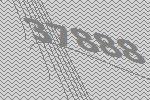
37888